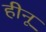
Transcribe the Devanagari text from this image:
हीनू